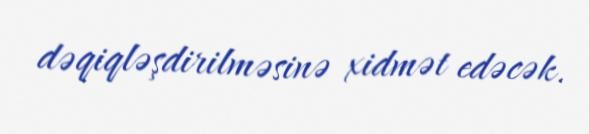
dəqiqləşdirilməsinə xidmət edəcək.